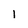
Character: I